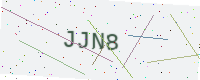
Text: JJN8